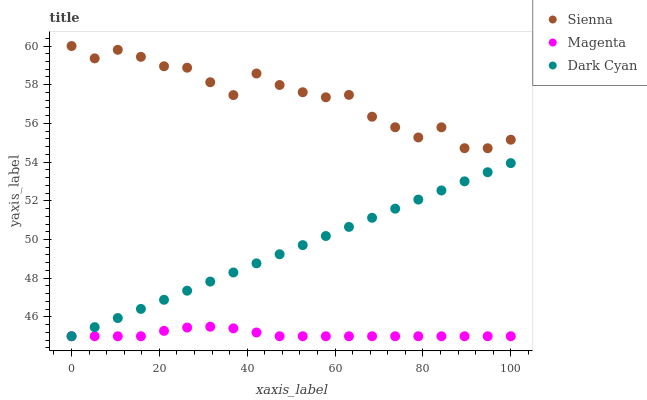
| xaxis_label | Sienna | Magenta | Dark Cyan |
 | --- | --- | --- | --- |
 | 0 | 60 | 45 | 45 |
 | 5.26 | 59.4 | 45 | 45.5 |
 | 10.5 | 59.8 | 45 | 45.9 |
 | 15.8 | 59.4 | 45 | 46.4 |
 | 21.1 | 59 | 45.3 | 46.9 |
 | 26.3 | 58.9 | 45.5 | 47.4 |
 | 31.6 | 58.1 | 45.5 | 47.8 |
 | 36.8 | 57.5 | 45.4 | 48.3 |
 | 42.1 | 58.6 | 45.2 | 48.8 |
 | 47.4 | 58 | 45 | 49.2 |
 | 52.6 | 57.6 | 45 | 49.7 |
 | 57.9 | 57.3 | 45 | 50.2 |
 | 63.2 | 57.5 | 45 | 50.7 |
 | 68.4 | 56.3 | 45 | 51.1 |
 | 73.7 | 55.8 | 45 | 51.6 |
 | 78.9 | 55.3 | 45 | 52.1 |
 | 84.2 | 55.8 | 45 | 52.5 |
 | 89.5 | 54.7 | 45 | 53 |
 | 94.7 | 54.7 | 45 | 53.5 |
 | 100 | 55.2 | 45 | 53.9 |